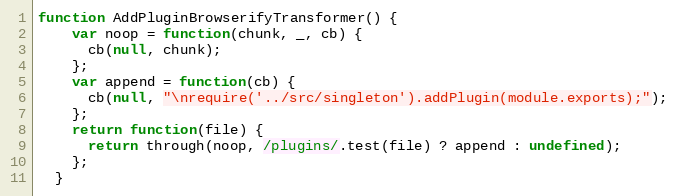
Language: JavaScript
function AddPluginBrowserifyTransformer() {
    var noop = function(chunk, _, cb) {
      cb(null, chunk);
    };
    var append = function(cb) {
      cb(null, "\nrequire('../src/singleton').addPlugin(module.exports);");
    };
    return function(file) {
      return through(noop, /plugins/.test(file) ? append : undefined);
    };
  }